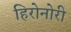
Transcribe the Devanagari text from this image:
हिरोनोरी